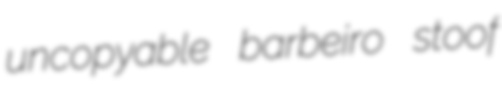
uncopyable barbeiro stoof